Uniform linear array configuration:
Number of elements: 24
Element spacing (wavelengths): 0.75
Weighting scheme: exponential
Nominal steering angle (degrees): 15
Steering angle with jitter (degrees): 13.086
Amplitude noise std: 0.05
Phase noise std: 0.05

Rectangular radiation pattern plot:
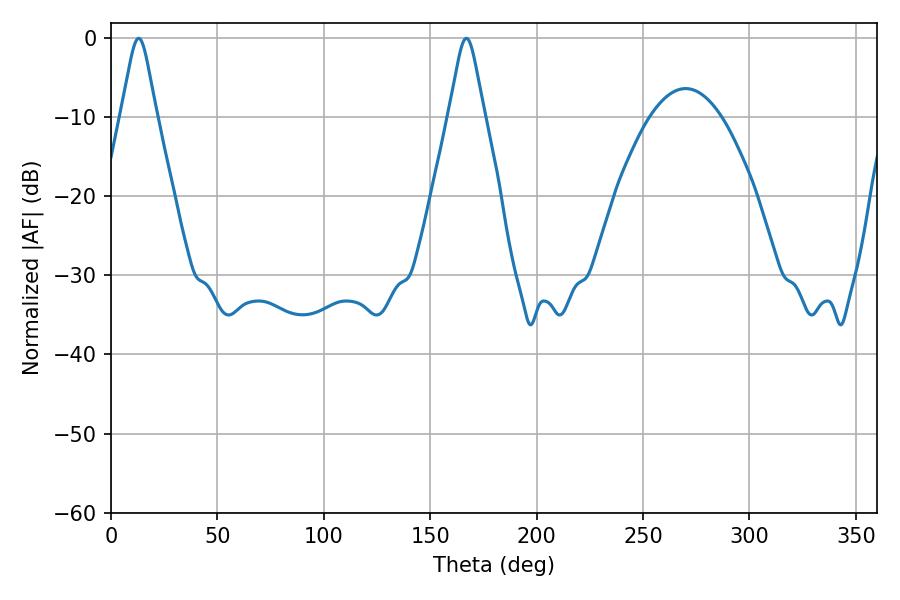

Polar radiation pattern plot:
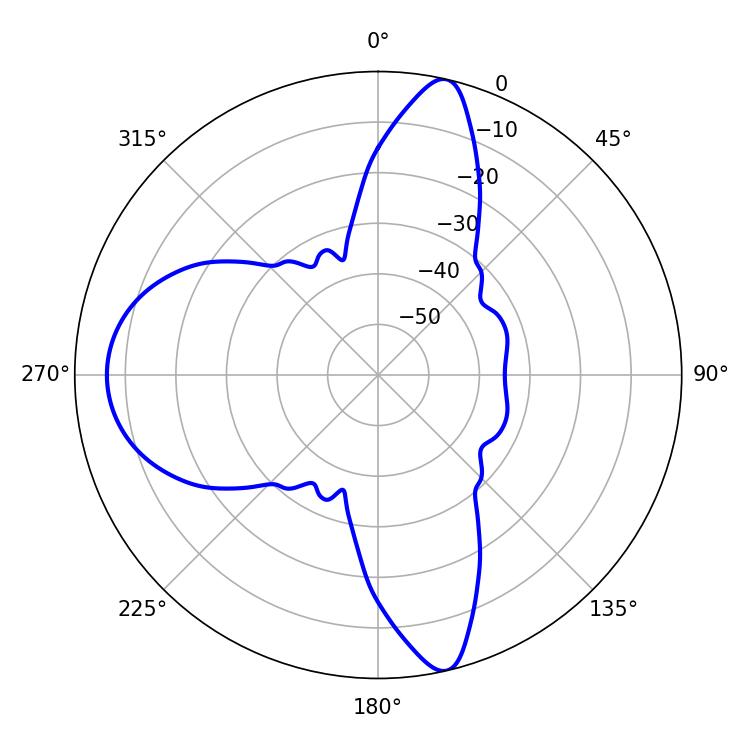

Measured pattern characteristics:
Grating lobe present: TRUE
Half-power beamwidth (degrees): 7.92
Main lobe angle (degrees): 12.96